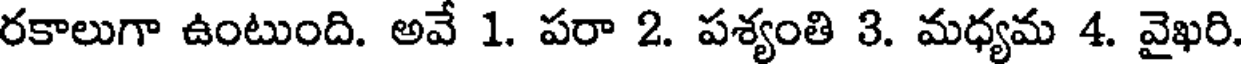
రకాలుగా ఉంటుంది. అవే 1. పరా 2. పశ్యంతి 3. మధ్యమ 4. వైఖరి